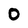
Character: O